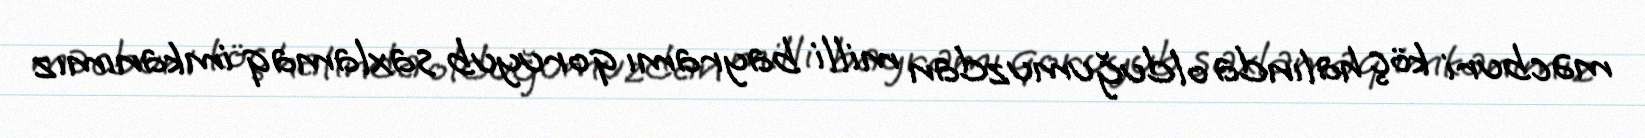
məcburi köç halında olduğumuzdan milli bayramı qoruyub saxlamaq imkanımız